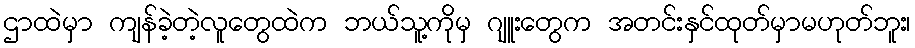
ဌာထဲမှာ ကျန်ခဲ့တဲ့လူတွေထဲက ဘယ်သူ့ကိုမှ ဂျူးတွေက အတင်းနှင်ထုတ်မှာမဟုတ်ဘူး၊